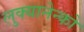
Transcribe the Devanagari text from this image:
लुक्यानेन्को